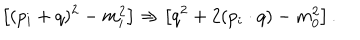
\left[ ( p _ { i } + q ) ^ { 2 } - m _ { i } ^ { 2 } \right] \Rightarrow \left[ q ^ { 2 } + 2 ( p _ { i } \cdot q ) - m _ { 0 } ^ { 2 } \right] .